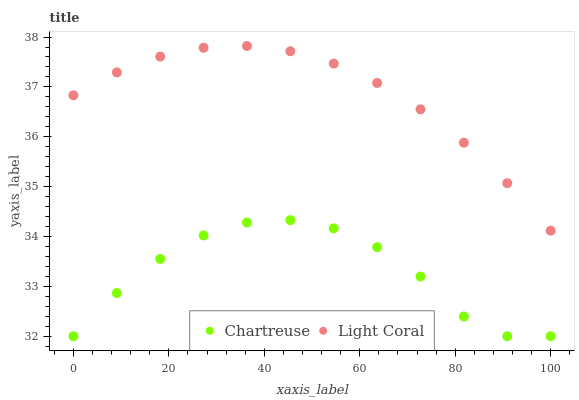
| xaxis_label | Chartreuse | Light Coral |
 | --- | --- | --- |
 | 0 | 32 | 36.8 |
 | 9.09 | 32.9 | 37.3 |
 | 18.2 | 33.6 | 37.6 |
 | 27.3 | 34 | 37.8 |
 | 36.4 | 34.3 | 37.8 |
 | 45.5 | 34.3 | 37.7 |
 | 54.5 | 34.2 | 37.5 |
 | 63.6 | 33.8 | 37.1 |
 | 72.7 | 33.2 | 36.6 |
 | 81.8 | 32.4 | 35.9 |
 | 90.9 | 32 | 35.1 |
 | 100 | 32 | 34.1 |